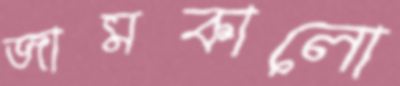
জামকালো